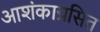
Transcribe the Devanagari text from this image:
आशंकाग्रसित